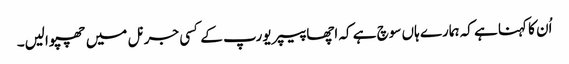
اُن کا کہنا ہے کہ ہمارے ہاں سوچ ہے کہ اچھا پیپر یورپ کے کسی جرنل میں چھپوالیں۔